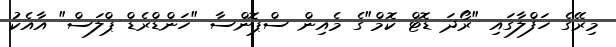
މިރޭގެ ހަފްލާގައި "ރޯދަ ޑޮޓް ކޮމް"ގެ މެއިން ސްޕޮންސާ "ހަންޑްރެޑް ޕްލަސް" އާއެކު